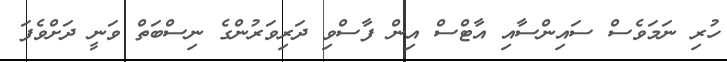
ހުރި ނަމަވެސް ސައިންސާއި އާޓްސް އިން ފާސްވި ދަރިވަރުންގެ ނިސްބަތް ވަނީ ދަށްވެފަ